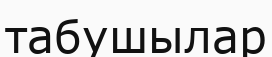
табушылар